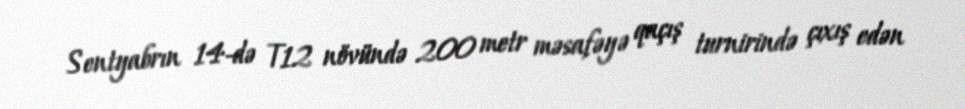
Sentyabrın 14-də T12 növündə 200 metr məsafəyə qaçış turnirində çıxış edən